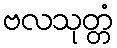
ဗလသုတ္တံ